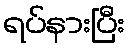
ရပ်နားပြီး